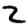
Digit: 2